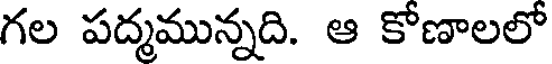
గల పద్మమున్నది. ఆ కోణాలలో